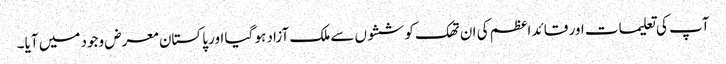
آپ کی تعلیمات اور قائد اعظم کی ان تھک کوششوں سے ملک آزاد ہو گیا اور پاکستان معرض وجود میں آیا۔